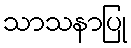
သာသနာပြု